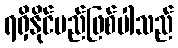
ရရှိနိုင်မည်ဖြစ်ပါသည်